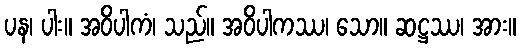
ပန၊ ပါး။ အဝိပါကံ၊ သည်။ အဝိပါကဿ၊ သော။ ဆဋ္ဌဿ၊ အား။